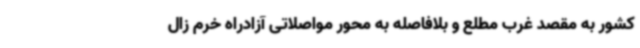
کشور به مقصد غرب مطلع و بلافاصله به محور مواصلاتی آزادراه خرم زال